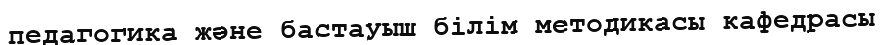
педагогика және бастауыш білім методикасы кафедрасы